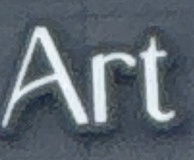
Art